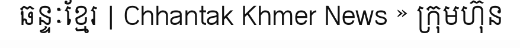
ឆន្ទៈខ្មែរ | Chhantak Khmer News » ក្រុមហ៊ុន